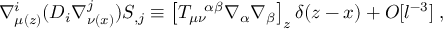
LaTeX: \nabla _ { \mu ( z ) } ^ { i } ( { \cal D } _ { i } \nabla _ { \nu ( x ) } ^ { j } ) S _ { , j } \equiv \left[ T _ { \mu \nu } ^ { \ \ \alpha \beta } \nabla _ { \alpha } \nabla _ { \beta } \right] _ { z } \delta ( z - x ) + { \cal O } [ l ^ { - 3 } ] \; ,